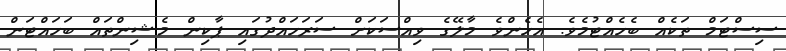
ސިސްޓަމް ތަކެއް ބެހެއްޓުމެވެ. އެހެންވެ މާލޭގެ ވިއްސަކަށް ސަރަހައްދުގައި ޕާކިން މެޝިންތައް ބަހައްޓަން